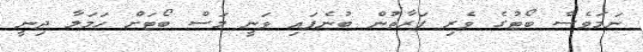
ނަމަވެސް ބޯޓުގެ ވެރި ފަރާތުން ބުނެފައި ވަނީ މަސް ބޯޓަށް ހަމަލާ ދިނީ